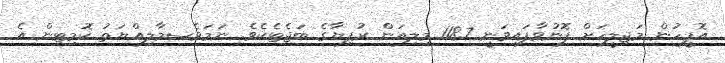
އޮފީހުން މަޖިލީހަށް ފޮނުވާފައިވަނީ 118.7 މިލިއަން ރުފިޔާގެ ބަޖެޓެކެވެ. ނަމަވެސމާލިއްޔަތު ކޮމިޓިން އެ